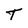
Character: T